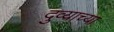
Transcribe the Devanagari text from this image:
दुव्याच्या